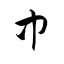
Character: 中